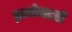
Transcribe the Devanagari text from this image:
इन्जेक्टरों